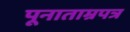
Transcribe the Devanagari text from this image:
पूनाताम्रपत्र